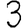
Digit: 3